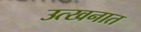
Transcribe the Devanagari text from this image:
उत्खनात